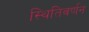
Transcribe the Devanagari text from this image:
स्थितिवर्णन